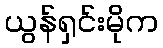
ယွန်ရှင်းမိုက